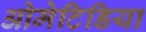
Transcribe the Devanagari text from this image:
ओमेटिडिया